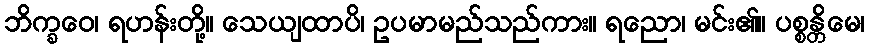
ဘိက္ခဝေ၊ ရဟန်းတို့။ သေယျထာပိ၊ ဥပမာမည်သည်ကား။ ရညော၊ မင်း၏။ ပစ္စန္တိမေ၊